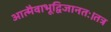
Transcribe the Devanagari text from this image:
आत्मैवाभूद्विजानतः।तत्र